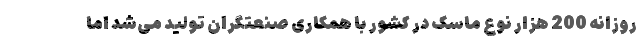
روزانه 200 هزار نوع ماسک در کشور با همکاری صنعتگران تولید می‌شد اما